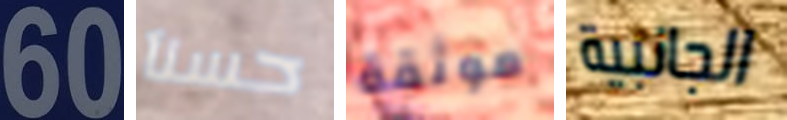
60 حسنآ موثقة الجانبية